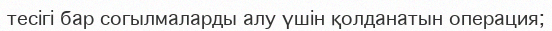
тесігі бар согылмаларды алу үшін қолданатын операция;